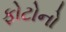
ફોટોનો